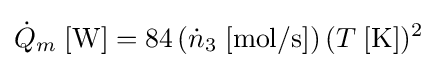
{\dot {Q}}_{m}\;[{\text{W}}]=84\left({\dot {n}}_{3}\;[{\text{mol/s}}]\right)(T\;[{\text{K}}])^{2}